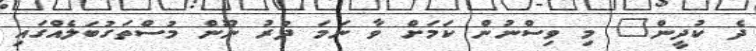
ދެ ކުދީން" މި ވިސްނުން ކަމަށް ވާ ނަމަ ދުރު ނޫން މުސްތަގުބަލެއްގައި